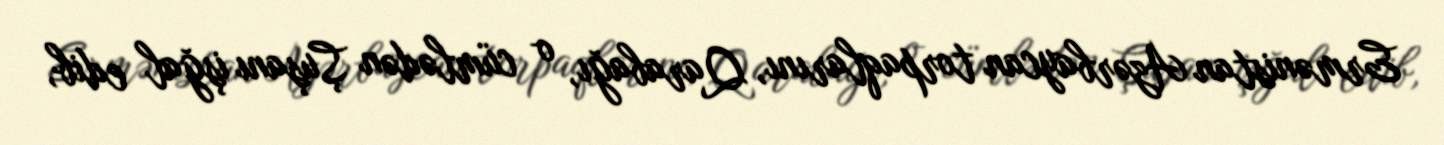
Ermənistan Azərbaycan torpaqlarını, Qarabağı, o cümlədən Şuşanı işğal edib,